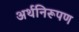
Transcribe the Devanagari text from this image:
अर्थनिरूपण